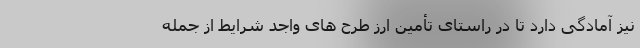
نیز آمادگی دارد تا در راستای تأمین ارز طرح های واجد شرایط از جمله